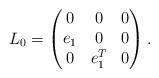
LaTeX: \begin{align*}L_0 = \begin{pmatrix} 0& 0&0\\ e_1&0&0\\ 0&e_1^T&0\end{pmatrix}.\end{align*}